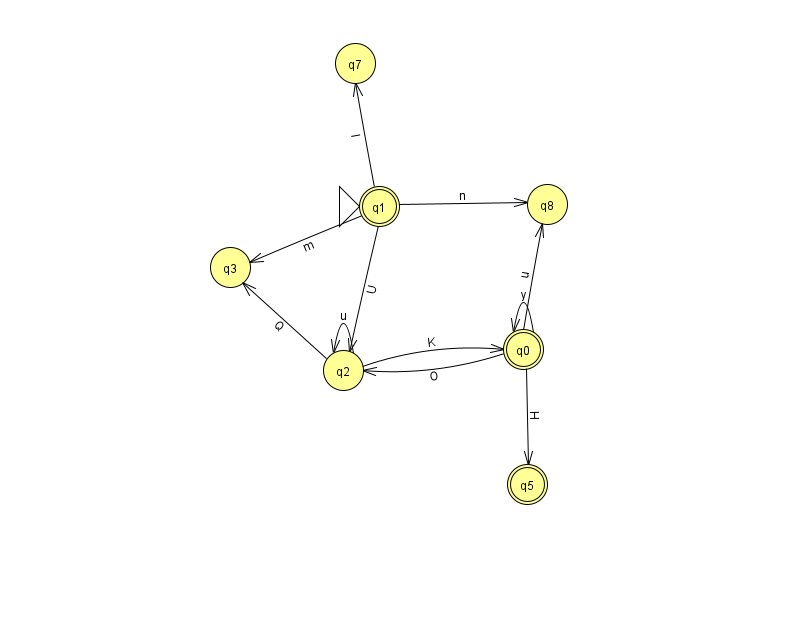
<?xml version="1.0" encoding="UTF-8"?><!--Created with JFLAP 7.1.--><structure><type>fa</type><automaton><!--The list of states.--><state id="0" name="q0"><x>523.0</x><y>336.0</y><final/></state><state id="1" name="q1"><x>379.0</x><y>193.0</y><initial/><final/></state><state id="2" name="q2"><x>343.0</x><y>357.0</y></state><state id="3" name="q3"><x>230.0</x><y>254.0</y></state><state id="5" name="q5"><x>527.0</x><y>471.0</y><final/></state><state id="7" name="q7"><x>355.0</x><y>50.0</y></state><state id="8" name="q8"><x>547.0</x><y>191.0</y></state><!--The list of transitions.--><transition><from>1</from><to>3</to><read>m</read></transition><transition><from>1</from><to>8</to><read>n</read></transition><transition><from>0</from><to>8</to><read>u</read></transition><transition><from>2</from><to>3</to><read>Q</read></transition><transition><from>0</from><to>5</to><read>H</read></transition><transition><from>2</from><to>2</to><read>u</read></transition><transition><from>0</from><to>2</to><read>O</read></transition><transition><from>0</from><to>0</to><read>y</read></transition><transition><from>1</from><to>2</to><read>U</read></transition><transition><from>2</from><to>0</to><read>K</read></transition><transition><from>1</from><to>7</to><read>l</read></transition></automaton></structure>